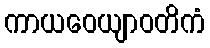
ကာယဝေယျာဝတိကံ